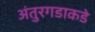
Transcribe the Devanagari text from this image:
अंतुरगडाकडे